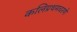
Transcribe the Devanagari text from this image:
कलिप्रथमचरणे